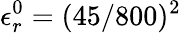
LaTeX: \epsilon_{r}^{0}=(45/800)^{2}